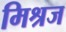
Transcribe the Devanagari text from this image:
मिश्रज